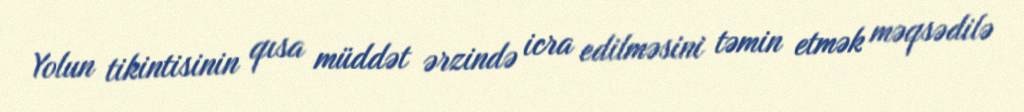
Yolun tikintisinin qısa müddət ərzində icra edilməsini təmin etmək məqsədilə